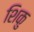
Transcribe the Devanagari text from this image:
शिकु